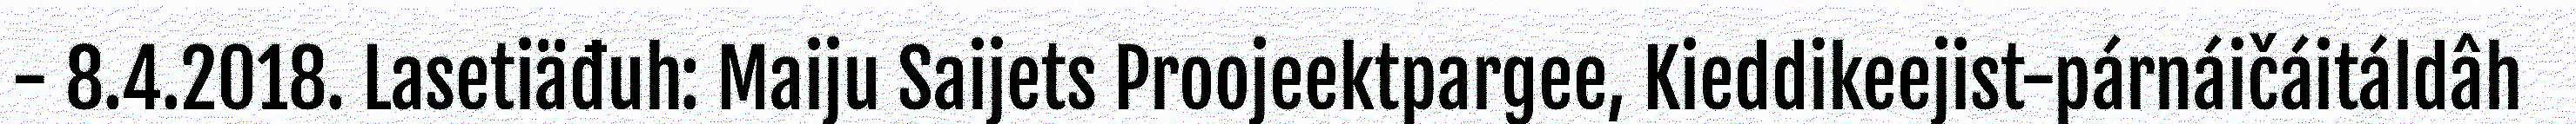
- 8.4.2018. Lasetiäđuh: Maiju Saijets Proojeektpargee, Kieddikeejist-párnáičáitáldâh